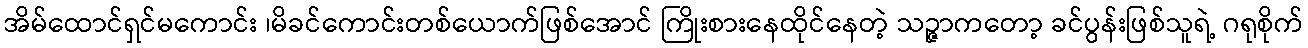
အိမ်ထောင်ရှင်မကောင်း ၊မိခင်ကောင်းတစ်ယောက်ဖြစ်အောင် ကြိုးစားနေထိုင်နေတဲ့ သဉ္ဇာကတော့ ခင်ပွန်းဖြစ်သူရဲ့ ဂရုစိုက်